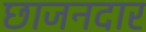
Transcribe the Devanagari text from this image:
छाजनदार